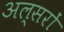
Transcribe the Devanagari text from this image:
अल्सरों